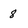
Character: 8